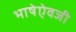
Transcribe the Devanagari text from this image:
भाषेऐवजी